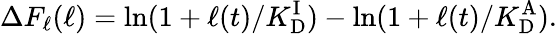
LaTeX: \Delta F_{\ell}(\ell)=\ln(1+\ell(t)/{K_{\mathrm{D}}^{\mathrm{I}}})-\ln(1+\ell(t)/{K_{\mathrm{D}}^{\mathrm{A}}}).